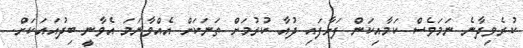
ކުރެވިދާނެ ނަމަވެސް ކަމާއިކަން ފަށާފައި ދުއާ ކުރުމަށް ތަނަކަށް އެއްވާނަމަ އެވާނީ ބިދުއައަކަށް.